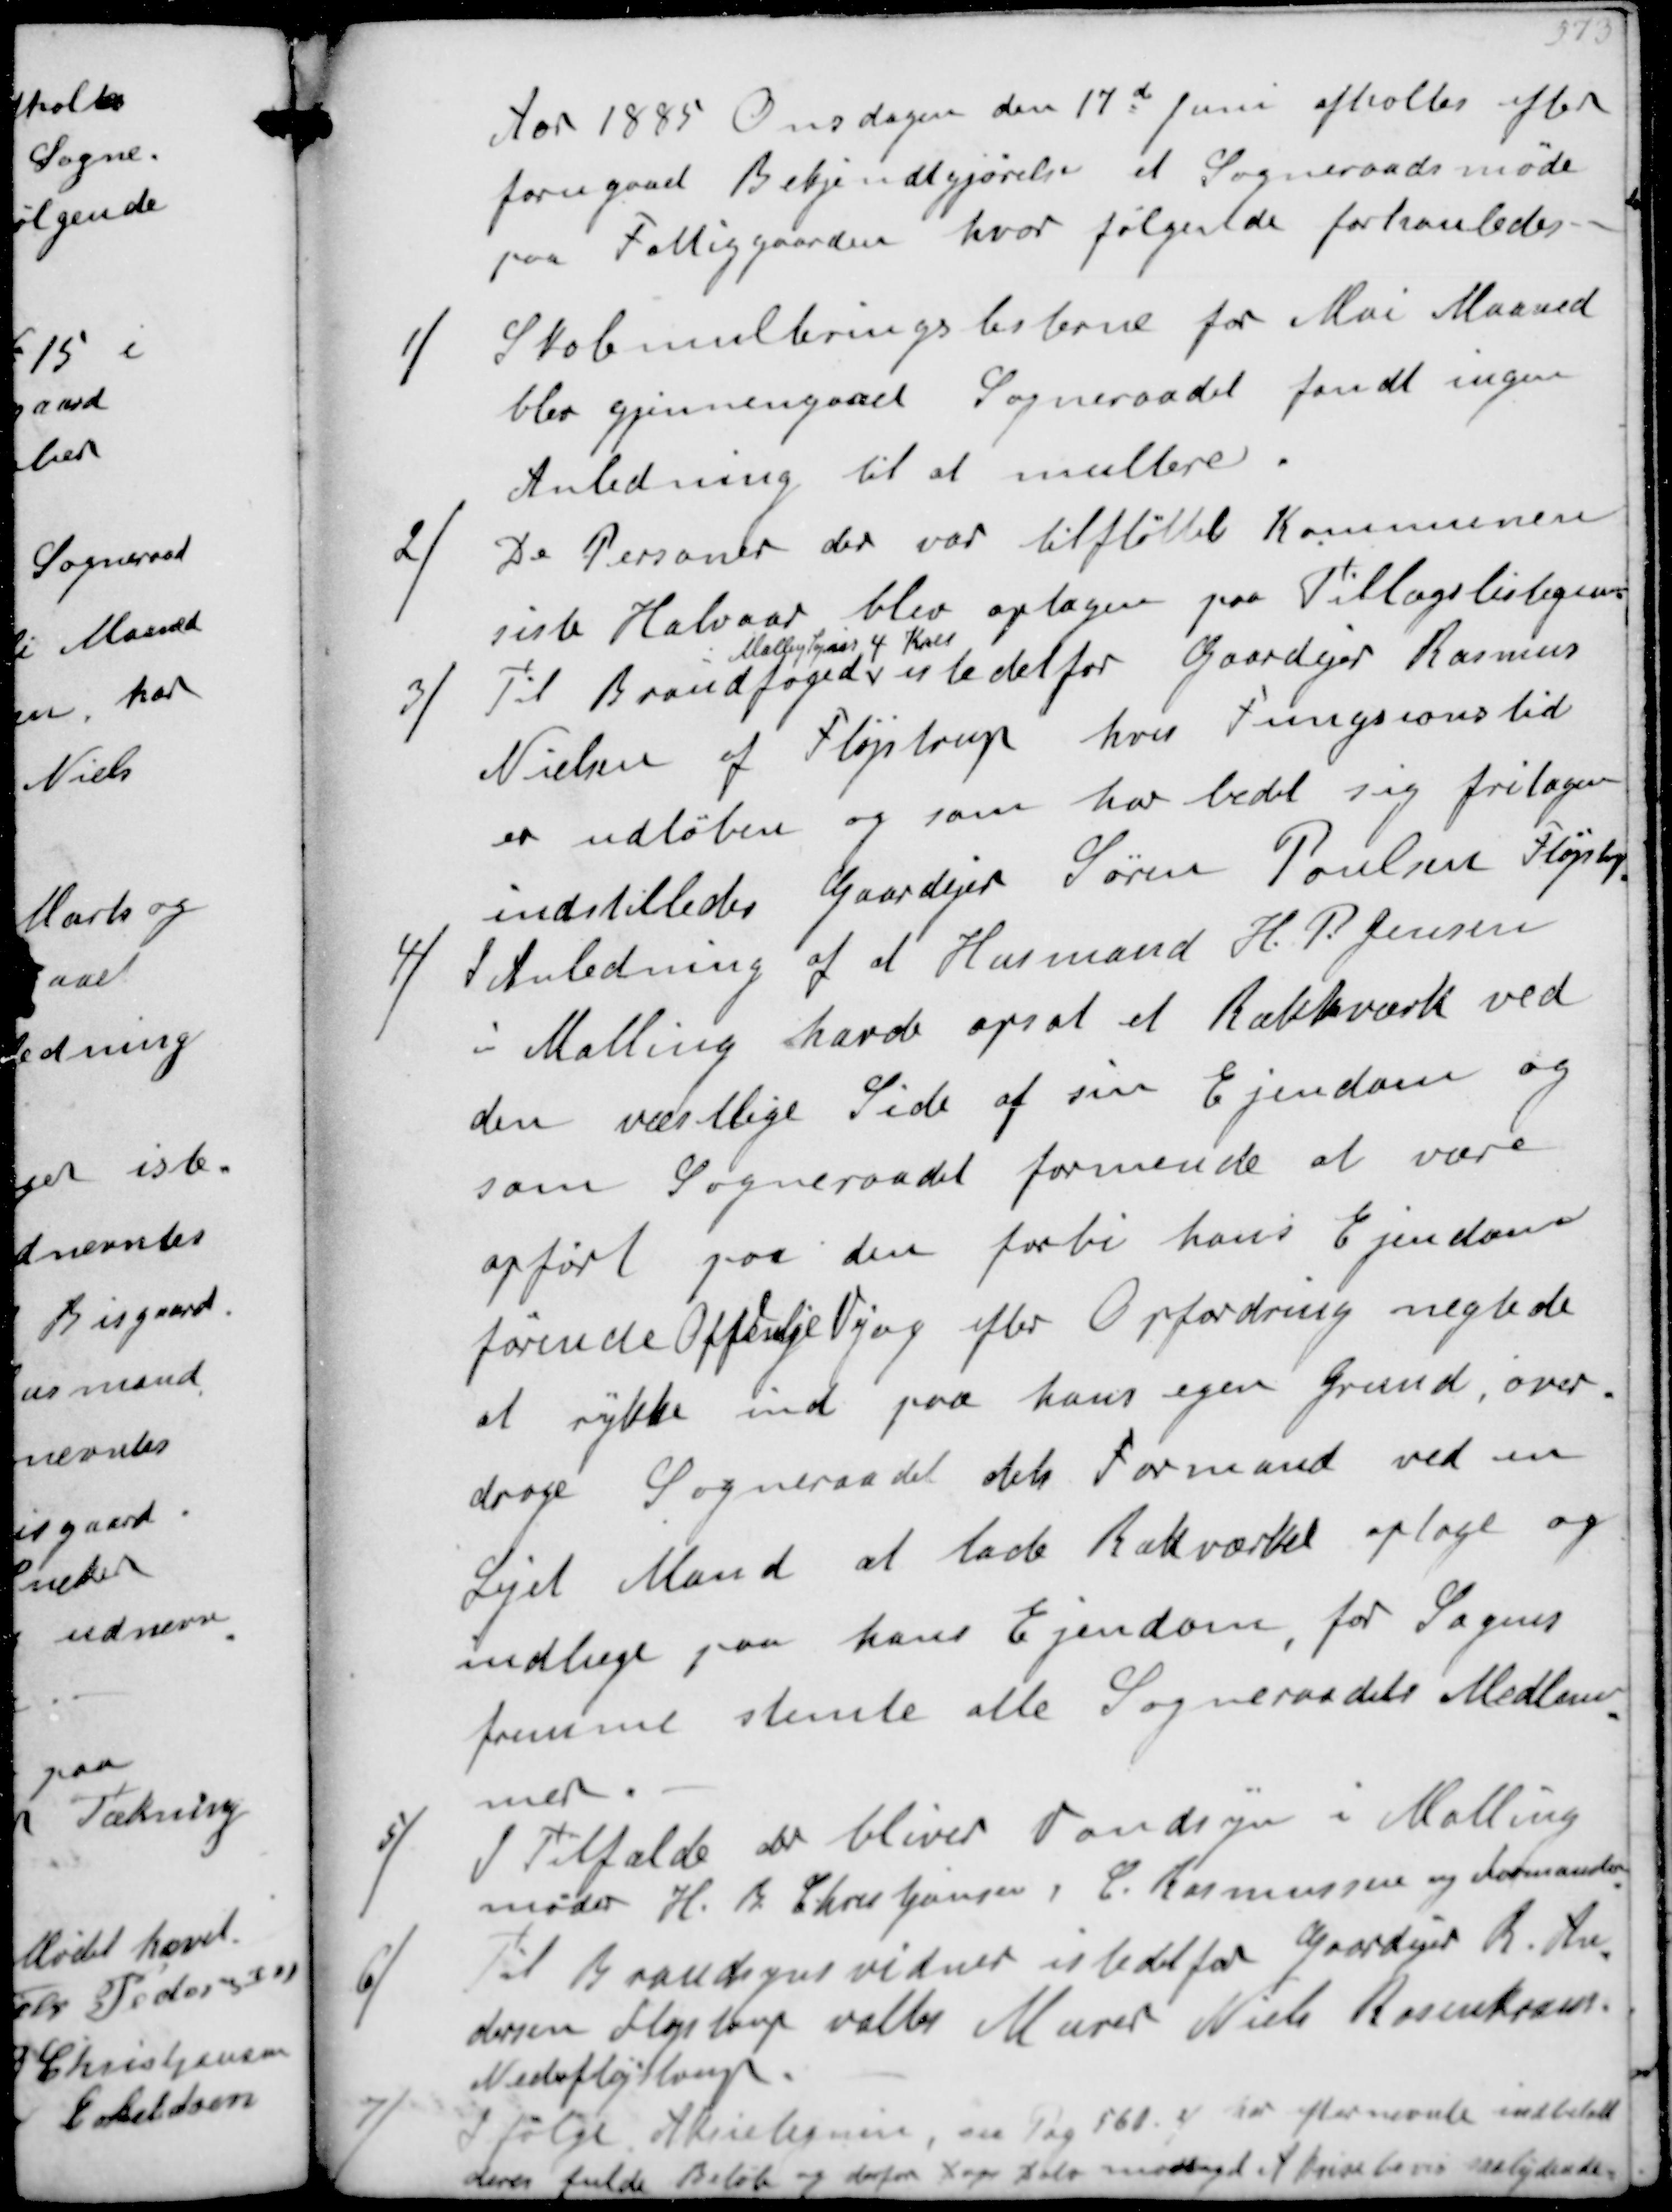
Transskription:
Aar 1885 Onsdagen den 17d Juni afholtes efter
forugaaet Bekjendtgørelse et Sogneraadsmøde
paa Fattiggaarden hvor følgende forhanledes
1/
Skolemulteringslisterne for Mai Maaned
blev gjennemgaaet Sogneraadet fandt ingen
Anledning til at multere
2/
De Personer der var tilflyttet Kommunen
siste Halvaar blev optagen paa Tillægslisterne
3/
Til Brandfoged
i Malling Sogns 4 Kres
istedetfor Gaardejer Rasmus
Nielsen af Fløjstrup hvis Fungsionstid
er udløben og som har bedt sig fritagen
indstilledes Gaardejer Søren Poulsen Fløjstrup
4/
I Anledning af at Husmand H P Jensen
i Malling havde opsat et Rækkeværk ved
den vestlige Side af sin Ejendom og
som Sogneraadet formende at være
opført paa den forbi hans Ejendom
førende Offentlige Vej og efter Opfordring negtede
at rykke ind paa hans egen Grund, over-
droge Sogneraadet dets Formand ved en
Lejet Mand at lade Rækværket optage og
indlæge paa hans Ejendom, for Sagens
fremme stemte alle Sogneraadets Medlem-
mer
5/
I Tilfælde der bliver Vandsyn i Malling
møder H B Christjansen, C Rasmussen og Formanden
6/
Til Brandsynsvidner istedetfor Gaardejer R An-
dersen Fløjstrup valtes Murer Niels Rasmussen
Nederfløjstrup
7/
Ifølge Aktietegnin, en Prg 568.4 har efternævnte indbetalt
deres fulde Beløb og derfor dags dato modtaget Skrivelse saalydende